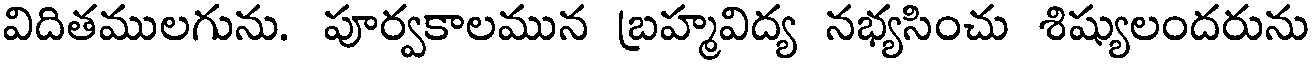
విదితములగును. పూర్వకాలమున బ్రహ్మవిద్య నభ్యసించు శిష్యులందరును